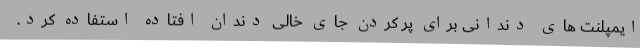
ایمپلنت های دندانی برای پر کردن جای خالی دندان افتاده استفاده کرد.